Vaccination in the Punjab 1867-1880 - 1867-1880
Year: 1867
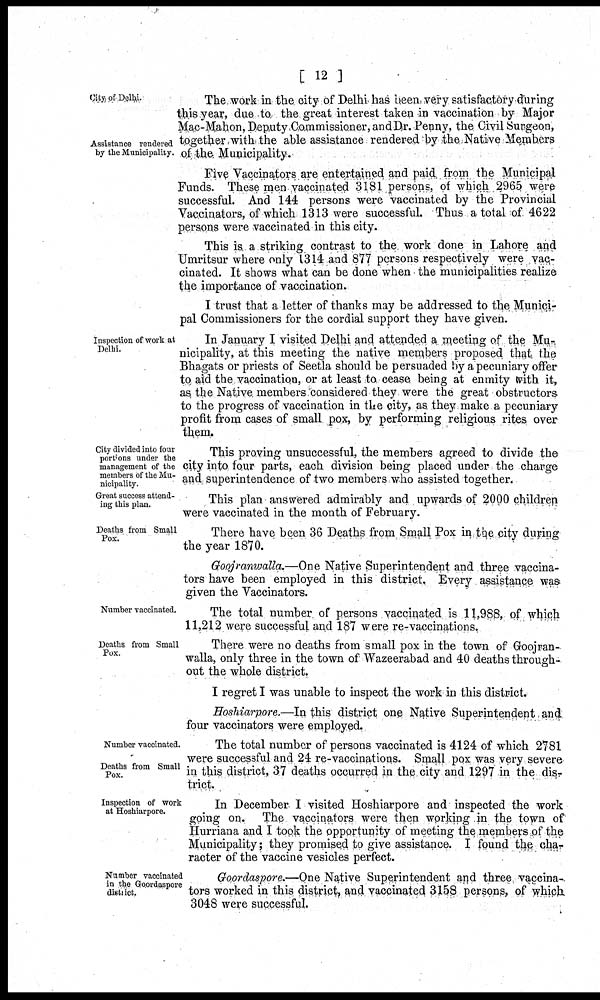
[ 12 ]
City of Delhi.
Assistance rendered
by the Municipality.
The work in the city of Delhi has been very satisfactory during
this year, due to the great interest taken in vaccination by Major
Mac-Mahon, Deputy Commissioner, and Dr. Penny, the Civil Surgeon,
together with the able assistance rendered by the Native Members
of the Municipality.
Five Vaccinators are entertained and paid from the Municipal
Funds. These men vaccinated 3181 persons, of which 2965 were
successful. And 144 persons were vaccinated by the Provincial
Vaccinators, of which 1313 were successful. Thus a total of 4622
persons were vaccinated in this city.
This is a striking contrast to the work done in Lahore and
Umritsur where only 1314 and 877 persons respectively were vac-
cinated. It shows what can be done when the municipalities realize
the importance of vaccination.
I trust that a letter of thanks may be addressed to the Munici-
pal Commissioners for the cordial support they have given.
Inspection of work at
Delhi.
In January I visited Delhi and attended a meeting of the Mu-
nicipality, at this meeting the native members proposed that the
Bhagats or priests of Seetla should be persuaded by a pecuniary offer
to aid the vaccination, or at least to cease being at enmity with it,
as the Native members considered they were the great obstructors
to the progress of vaccination in the city, as they make a pecuniary
profit from cases of small pox, by performing religious rites over
them.
City divided into four
portions under the
management of the
members of the Mu-
nicipality.
This proving unsuccessful, the members agreed to divide the
city into four parts, each division being placed under the charge
and superintendence of two members who assisted together.
Great success attend-
ing this plan.
This plan answered admirably and upwards of 2000 children
were vaccinated in the month of February.
Deaths from Small
Pox.
There have been 36 Deaths from Small Pox in the city during
the year 1870.
Goojranwalla.—One Native Superintendent and three vaccina-
tors have been employed in this district. Every assistance was
given the Vaccinators.
Number vaccinated.
The total number of persons vaccinated is 11,988, of which
11,212 were successful and 187 were re-vaccinations.
Deaths from Small
Pox.
There were no deaths from small pox in the town of Goojran-
walla, only three in the town of Wazeerabad and 40 deaths through-
out the whole district.
I regret I was unable to inspect the work in this district.
Hoshiarpore.—In this district one Native Superintendent and
four vaccinators were employed.
Number vaccinated.
Deaths from Small
Pox.
The total number of persons vaccinated is 4124 of which 2781
were successful and 24 re-vaccinations. Small pox was very severe
in this district, 37 deaths occurred in the city and 1297 in the dis-
trict.
Inspection of work
at Hoshiarpore.
In December I visited Hoshiarpore and inspected the work
going on. The vaccinators were then working in the town of
Hurriana and I took the opportunity of meeting the members of the
Municipality; they promised to give assistance. I found the cha-
racter of the vaccine vesicles perfect.
Number vaccinated
in the Goordaspore
district.
Goordaspore.—One Native Superintendent and three vaccina-
tors worked in this district, and vaccinated 3158 persons, of which
3048 were successful.